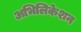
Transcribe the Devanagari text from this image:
अभिलिकेशन